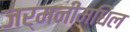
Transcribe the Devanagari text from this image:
जर्मनीमधिल